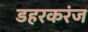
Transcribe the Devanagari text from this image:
डहरकरंज